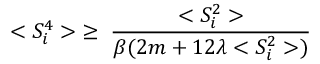
< S _ { i } ^ { 4 } > \; \ge \; \frac { < S _ { i } ^ { 2 } > } { \beta ( 2 m + 1 2 \lambda < S _ { i } ^ { 2 } > ) }